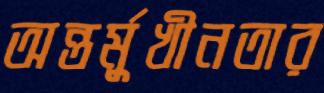
অন্তর্মুখীনতার